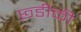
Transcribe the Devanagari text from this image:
छ्डीकी